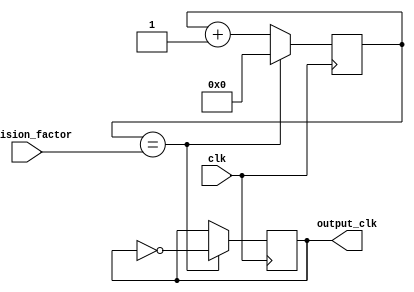
module floating_point_clock_divider (
    input wire clk,
    input wire [31:0] division_factor,
    output reg output_clk
);

reg [31:0] counter;

always @(posedge clk) begin
    if (counter == division_factor) begin
        output_clk <= ~output_clk;
        counter <= 0;
    end else begin
        counter <= counter + 1;
    end
end

endmodule